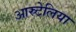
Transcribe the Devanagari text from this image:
आस्र्टेलिया